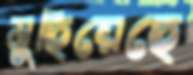
মুছিয়েছে